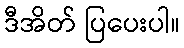
ဒီအိတ် ပြပေးပါ။